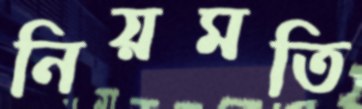
নিয়মতি